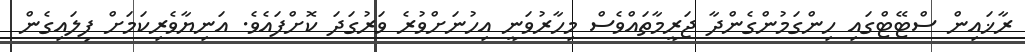
ރާޚައިން ސްޓޭޓްގައި ހިންގަމުންގެންދާ ޖަރީމާތައްވެސް މިހާރުވަނީ އިހުނަށްވުރެ ވަރުގަދަ ކޮށްފައެވެ. އަނިޔާވެރިކަމަށް ފިލައިގެން